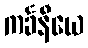
ကင်္ခနီယေ